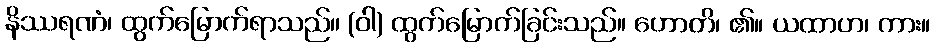
နိဿရဏံ၊ ထွက်မြောက်ရာသည်။ (ဝါ) ထွက်မြောက်ခြင်းသည်။ ဟောတိ၊ ၏။ ယထာဟ၊ ကား။